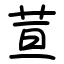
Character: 荁